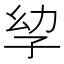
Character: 孧